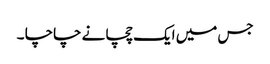
جس میں ایک چچا نے چاچا ۔